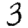
Digit: 3